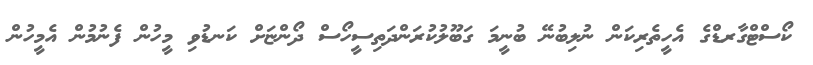
ކޯސްޓްގާރޑްގެ އެހީތެރިކަން ނުލިބުނޭ ބުނީމަ ގަބޫލުކުރަންދަތިސީހޯސް ދޯންޏަށް ކަނޑުވި މީހުން ފެނުމުން އެމީހުން